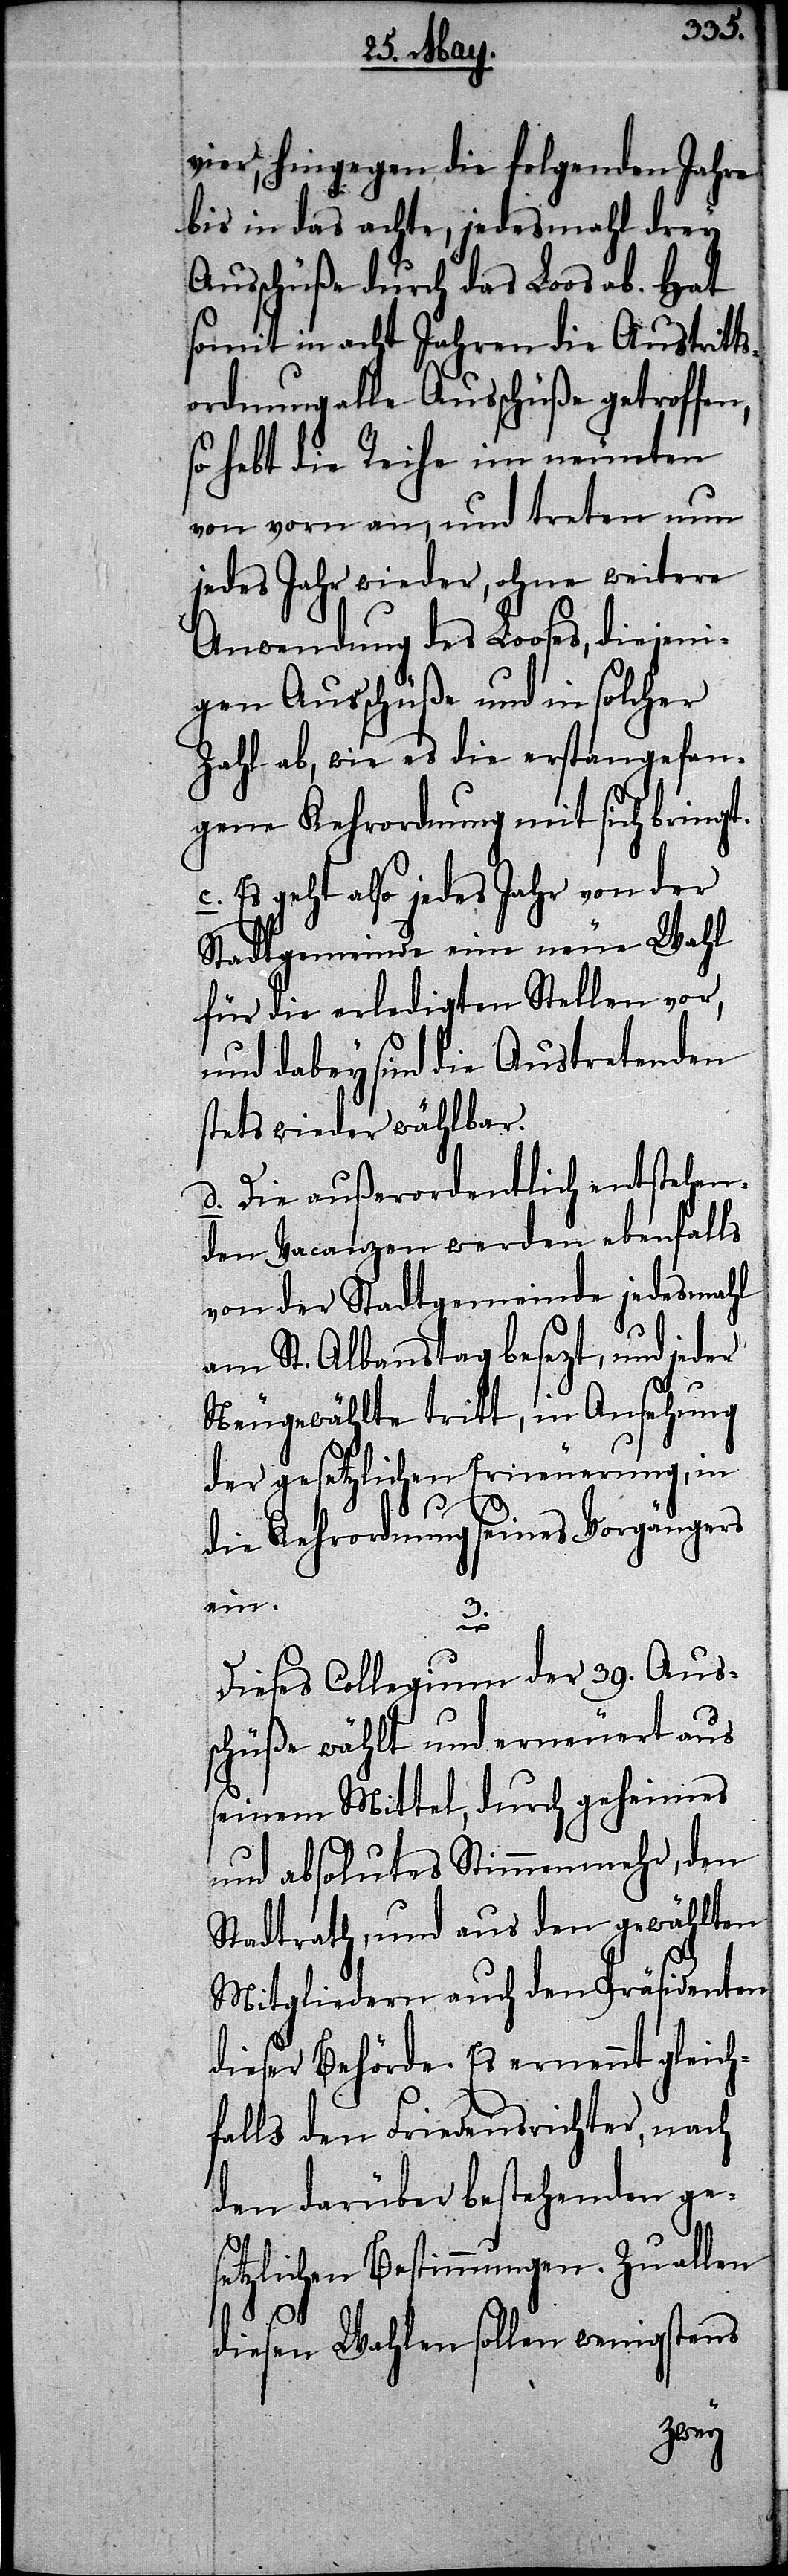
vier, hingegen die folgenden Jahre
bis in das achte, jedesmahl drey
Ausschüße durch das Loos ab. Hat
somit in acht Jahren die Austritt¬
sordnung alle Ausschüße getroffen,
so hebt die Reihe im neunten
von vorn an, und treten nun
jedes Jahr wieder, ohne weitere
Anwendung des Looses, diejeni¬
gen Ausschüße und in solcher
Zahl ab, wie es die erstangefan¬
gene Kehrordnung mit sich bringt.
c. Es geht also jedes Jahr von der
Stadtgemeinde eine neue Wahl
für die erledigten Stellen vor,
und dabey sind die Austretenden
stets wieder wählbar.
d. Die außerordentlich entstehen¬
den Vacanzen werden ebenfalls
von der Stadtgemeinde jedesmahl
am St. Albanstag besezt, und jeder
Neugewählte tritt, in Ansehung
der gesetzlichen Erneuerung, in
die Kehrordnung seines Vorgängers
ein.
3.
Dieses Collegium der 39. Aus¬
schüße wählt und erneuert aus
seinem Mittel, durch geheimes
und absolutes Stimmenmehr, den
Stadtrath, und aus den gewählten
Mitgliedern auch den Präsidenten
dieser Behörde. Es ernennt gleich¬
falls den Friedensrichter, nach
den darüber bestehenden ges¬
etzlichen Bestimmungen. Zu allen
diesen Wahlen sollen wenigstens